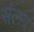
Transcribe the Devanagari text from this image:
संलग्र